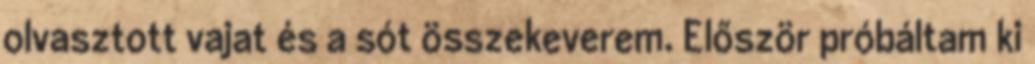
olvasztott vajat és a sót összekeverem. Először próbáltam ki